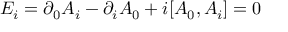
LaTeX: E _ { i } = \partial _ { 0 } A _ { i } - \partial _ { i } A _ { 0 } + i [ A _ { 0 } , A _ { i } ] = 0